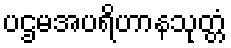
ပဌမအပရိဟာနသုတ္တံ